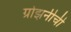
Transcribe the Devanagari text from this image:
ग्रोझनीची